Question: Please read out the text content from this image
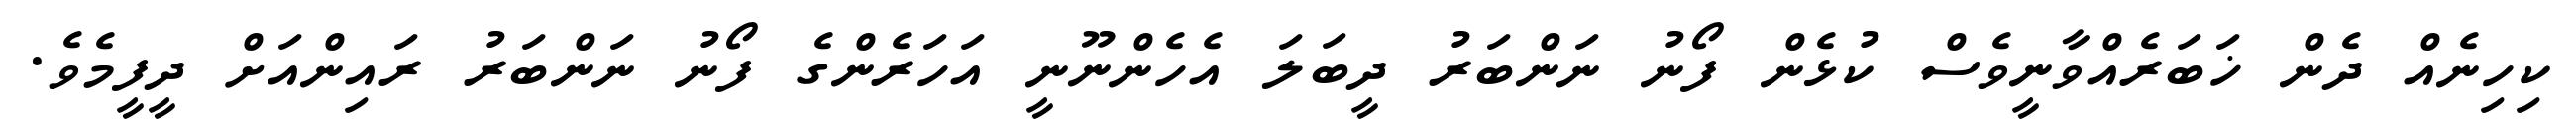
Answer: ކިހިނެއް ދެން ޚަބަރެއްވާނީވެސް ކުޅެން ފޯނު ނަންބަރު ދީބަލަ އެހެންނޫނީ އަހަރެންގެ ފޯނު ނަންބަރު ރައިންއަށް ދީފީމެވެ.